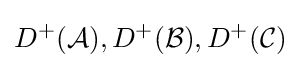
D^{+}({\mathcal {A}}),D^{+}({\mathcal {B}}),D^{+}({\mathcal {C}})